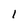
Character: I